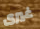
غيرى